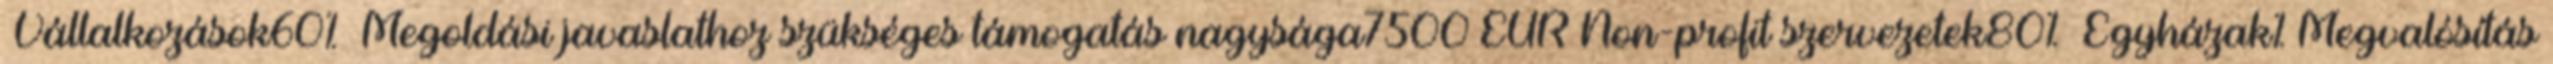
▪Vállalkozások60% ▪Megoldási javaslathoz szükséges támogatás nagysága7500 EUR▪Non-profit szervezetek80% ▪Egyházak%▪Megvalósítás